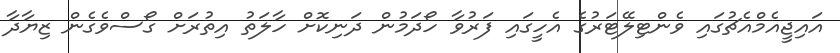
އައިޖީއެމްއެޗުގައި ވެންޓިލޭޓަރުގެ އެހީގައި ފަރުވާ ހޯދަމުން ދަނިކޮށް ހާލަތު އިތުރަށް ގޯސްވެގެން ޒިޔާދާ